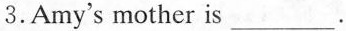
3.Amy's mother is ___.